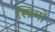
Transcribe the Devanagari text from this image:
स्प्रिंगों